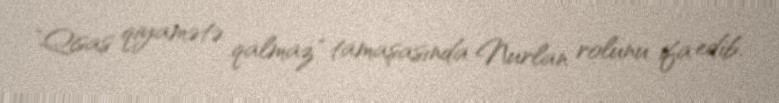
"Qisas qiyamətə qalmaz" tamaşasında Nurlan rolunu ifa edib.